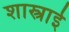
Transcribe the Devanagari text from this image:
शास्त्राई